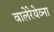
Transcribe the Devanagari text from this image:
वालेरेयेव्ना